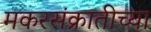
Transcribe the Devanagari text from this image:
मकरसंक्रातीच्या